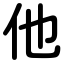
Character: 他